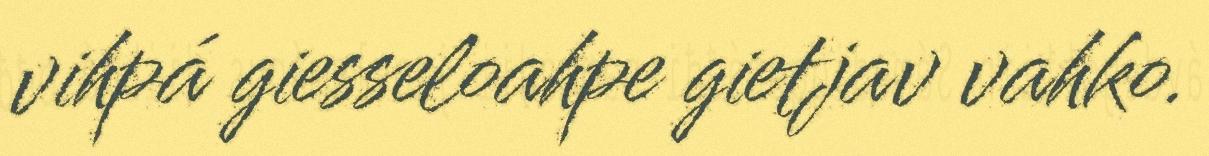
vihpá giesseloahpe gietjav vahko.